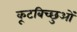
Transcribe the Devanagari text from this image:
कूटबिच्छुओं